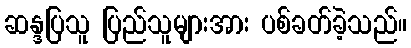
ဆန္ဒပြသူ ပြည်သူများအား ပစ်ခတ်ခဲ့သည်။